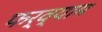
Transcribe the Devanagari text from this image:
फर्व्याम